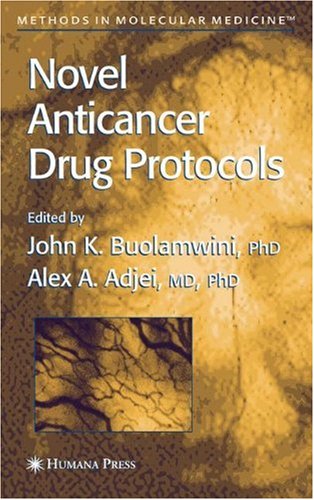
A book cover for Novel Anticancer Drug Protocols (Methods in Molecular Medicine); Medical Books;